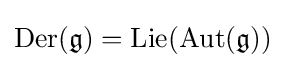
\mathrm {Der} ({\mathfrak {g}})=\operatorname {Lie} (\operatorname {Aut} ({\mathfrak {g}}))